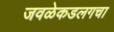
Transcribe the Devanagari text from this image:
जवळेकडलगचा